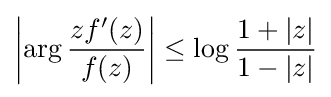
\left|\arg {zf^{\prime }(z) \over f(z)}\right|\leq \log {1+|z| \over 1-|z|}